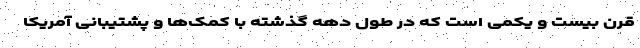
قرن بیست و یکمی است که در طول دهه گذشته با کمک‌ها و پشتیبانی آمریکا